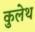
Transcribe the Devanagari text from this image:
कुलेथ